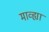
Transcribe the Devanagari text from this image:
माव्ह्या